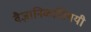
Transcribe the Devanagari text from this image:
वैज्ञानिकांविषयी